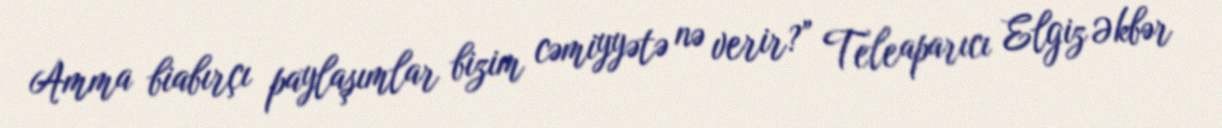
Amma biabırçı paylaşımlar bizim cəmiyyətə nə verir?” Teleaparıcı Elgiz Əkbər